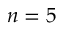
n = 5